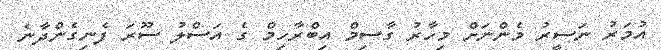
އުމަރު ނަސީރު މެންނަށް މިހާރު ގާސިމް އިބްރާހިމް ގެ އަސްލު ސޫރަ ފެނިގެންދާނެ